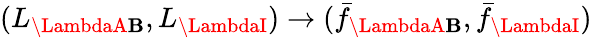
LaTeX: (L_{\LambdaA\mathbf{B}},L_{\LambdaI})\to(\bar{{f}}_{\LambdaA\mathbf{B}},\bar{{f}}_{\LambdaI})